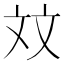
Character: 𪯢